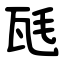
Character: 瓱